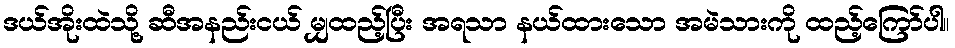
ဒယ်အိုးထဲသို့ ဆီအနည်းငယ် မျှထည့်ပြီး အရသာ နယ်ထားသော အမဲသားကို ထည့်ကြော်ပါ။